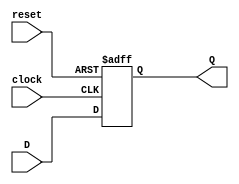
module FFD1 (input wire clock, reset, input wire D, output reg Q);
  always @ (posedge clock or posedge reset) begin
    if (reset) begin
      Q <= 1'b0;
      end
    else begin
      Q <= D;
      end
      end
endmodule
module FSM (input wire clock, reset, input wire V0, V1, V2, B0, B1, B2, P0, P1, P2, P3, output wire V0o, V1o, V2o, B0o, B1o, B2o);
	assign S3o=(P3&~P2&~P1&~P0) | (~P3&P2&P1) | (~P3&P2&P0);
	assign S2o=(~P3&P2&~P1&~P0) | (~P3&~P2&P1) | (~P3&~P2&P0);
	assign S1o=(~S3&~S2&S1&S0&V2&~V1&~V0&~B1&~B0&~P2&~P1&~P0) | (~S3&~S2&S1&S0&V2&~V1&~V0&~B2&~P2&~P1&~P0) | (P3&~P2&~P1&~P0) | (~P3&P1&P0) | (~P3&P2&~P1&~P0);
	assign S0o=(~S3&~S2&~S1&S0&~V2&B2&~B1&~B0&~P3&~P0) | (~S3&~S2&S1&S0&V2&~V1&~V0&~B2&~P3&~P0) | (~S3&~S2&S0&V2&~V1&~V0&B2&~B1&~B0&~P3&~P0) | (P3&~P2&~P1&~P0) | (~P3&P2&~P0) | (~P3&P1&~P0);
	assign V2o=(~S3&~S2&S1&S0&V2&~V1&~V0&~B1&~B0&~P3&~P2&~P0) | (~S3&~S2&S1&S0&V2&~V1&~V0&~B2&~P3&~P2&~P0) | (~P3&~P2&P1&~P0);
	assign V1o=(~S3&~S2&~S1&S0&V2&~V1&~V0&B2&~B1&~B0&~P3&~P1&~P0) | (~S3&~S2&S0&~V2&V1&B2&~B1&~B0&~P3&~P1&~P0) | (~S3&~S2&~S1&~S0&~V2&V1&~B2&~P3&~P1&~P0) | (~S3&~S2&S1&S0&~V2&V1&~P3&~P1&~P0) | (~P3&~P2&P0) | (P3&~P2&~P1&~P0) | (~P3&P2&~P1&~P0);
	assign V0o=(~S2&~S1&S0&V2&~V1&~V0&B2&~B1&~B0&~P2&~P1&~P0) | (~S2&S0&~V2&V0&B2&~B1&~B0&~P2&~P1&~P0) | (~S2&~S1&~S0&~V2&V0&~B2&~P2&~P1&~P0) | (~S2&S1&S0&~V2&V0&~P2&~P1&~P0) | (S3&~S2&~P2&~P1&~P0) | (~S3&S2&~P2&~P1&~P0) | (P3&~P2&~P1&~P0) | (~P3&P2&P1)  | (~P3&~P2&P0);
	assign B2o=(~S3&~S2&~S1&S0&~V1&~V0&B2&~B1&~B0&~P3&~P2&~P1) | (~S3&~S2&~S1&S0&~V2&~B2&~B1&~B0&~P3&~P2&~P1) | (~P3&~P2&~P1&P0);
	assign B1o=(~S3&~S2&S1&S0&V2&~V1&~V0&B2&~B1&~B0&~P3&~P1&~P0) | (~S3&~S2&S0&V2&~V1&~V0&~B2&B1&~P3&~P1&~P0) | (~S3&~S2&~S1&~V2&~B2&B1&~P3&~P1&~P0) | (~S3&~S2&~S1&S0&~B2&B1&~P3&~P1&~P0) | (~P3&P2&~P1&~P0) | (~P3&P1&P0) | (~P3&~P2&P1);
	assign B0o=(~S2&S1&S0&V2&~V1&~V0&B2&~B1&~B0&~P2&~P1&~P0) | (~S2&S0&V2&~V1&~V0&~B2&B0&~P2&~P1&~P0) | (~S2&~S1&S0&~B2&B0&~P2&~P1&~P0) | (~S2&~S1&~V2&~B2&B0&~P2&~P1&~P0) | (S3&~S2&~P2&~P1&~P0) | (~S3&S2&~P2&~P1&~P0) | (P3&~P2&~P1&~P0) | (~P3&P1&~P0) | (~P3&~P2&P1);
	FFD1 m1(clock, reset, S3o, S3);
	FFD1 m2(clock, reset, S2o, S2);
	FFD1 m3(clock, reset, S1o, S1);
	FFD1 m4(clock, reset, S0o, S0);
endmodule